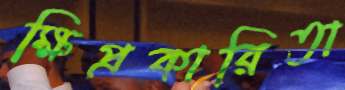
ক্ষিপ্রকারিতা